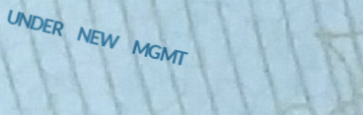
UNDER NEW MGMT